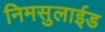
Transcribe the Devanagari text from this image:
निमसुलाईड